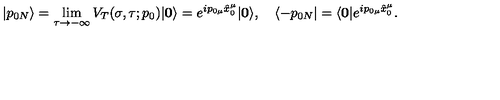
| p _ { 0 N } \rangle = \lim _ { \tau \rightarrow - \infty } V _ { T } ( \sigma , \tau ; p _ { 0 } ) | \mathbf { 0 } \rangle = e ^ { i p _ { 0 \mu } \hat { x } _ { 0 } ^ { \mu } } | \mathbf { 0 } \rangle , \quad \langle - p _ { 0 N } | = \langle \mathbf { 0 } | e ^ { i p _ { 0 \mu } \hat { x } _ { 0 } ^ { \mu } } .